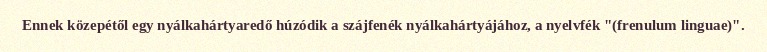
Ennek közepétől egy nyálkahártyaredő húzódik a szájfenék nyálkahártyájához, a nyelvfék "(frenulum linguae)".